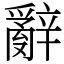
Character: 辭